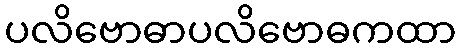
ပလိဗောဓာပလိဗောဓကထာ